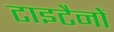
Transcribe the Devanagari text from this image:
टाइटैनों